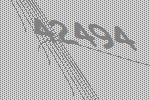
42494